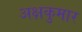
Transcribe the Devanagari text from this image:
अक्षकुमार